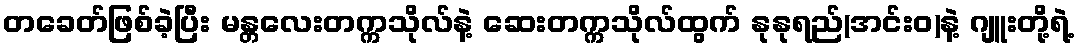
တခေတ်ဖြစ်ခဲ့ပြီး မန္တလေးတက္ကသိုလ်နဲ့ ဆေးတက္ကသိုလ်ထွက် နုနုရည်(အင်းဝ)နဲ့ ဂျူးတို့ရဲ့